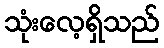
သုံးလေ့ရှိသည်